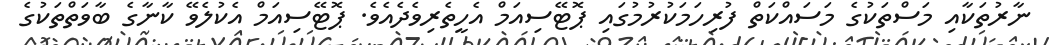
ނާރުތަކާއި މަސްތަކުގެ މަސައްކަތް ފުރިހަމަކުރުމުގައި ޕޮޓޭސިއަމް އެހީތެރިވެދެއެވެ. ޕޮޓޭސިއަމް އެކުލެވޭ ކާނާގެ ބާވަތްތަކުގެ